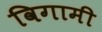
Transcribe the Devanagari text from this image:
विगामी